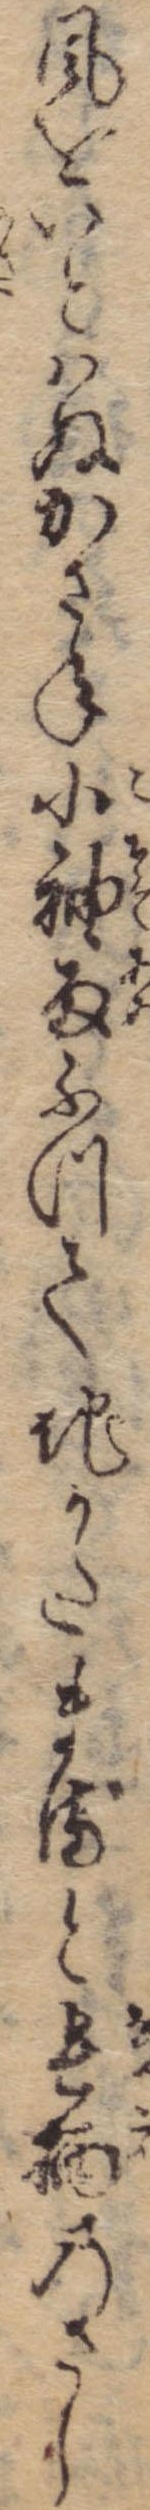
風をいとはぬかさね小袖雨ふつて地かたまると長柄のさし